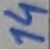
Text: 14